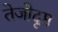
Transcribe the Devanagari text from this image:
तेजोदृप्त